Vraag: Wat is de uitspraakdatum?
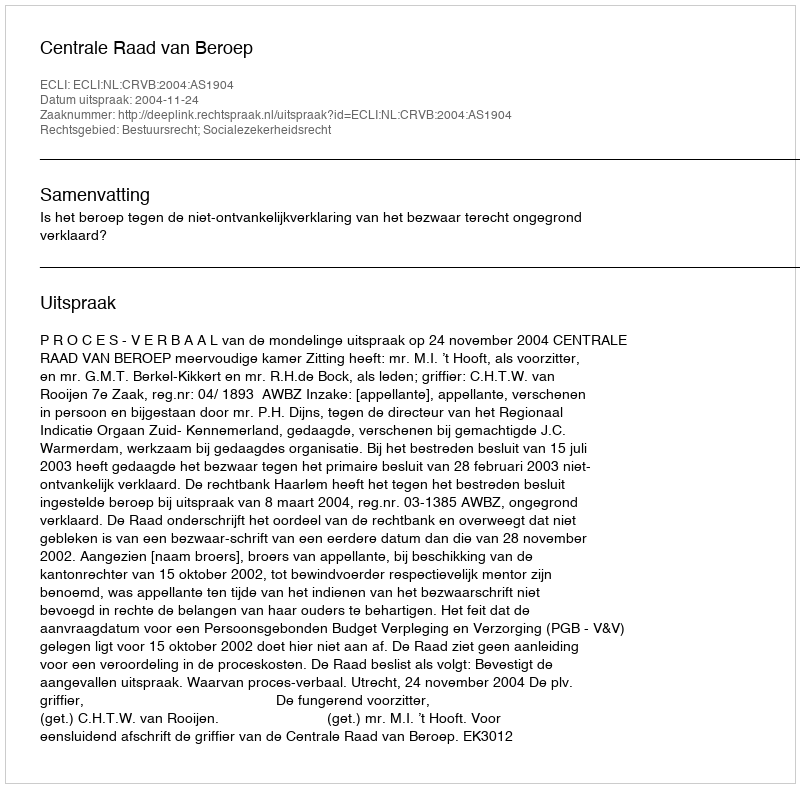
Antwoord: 2004-11-24